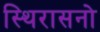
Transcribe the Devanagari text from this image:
स्थिरासनो